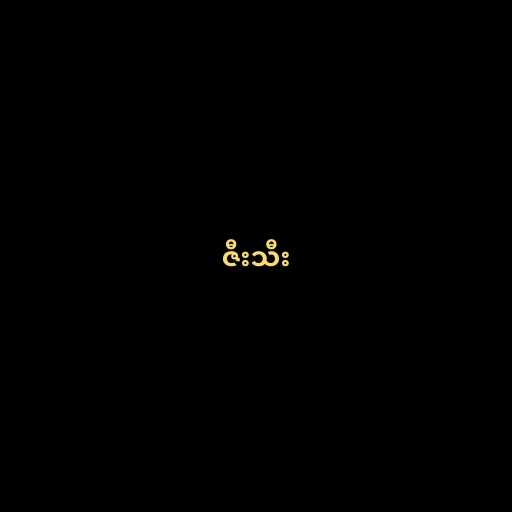
ဇီးသီး